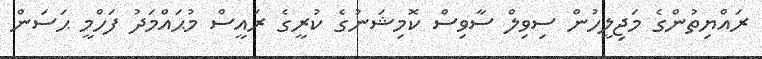
ރައްޔިތުންގެ މަޖިލީހުން ސިވިލް ސާވިސް ކޮމިޝަނުގެ ކުރީގެ ރައީސް މުޙައްމަދު ފަހްމީ ޙަސަން